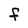
Character: f